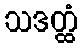
သဒတ္ထံ